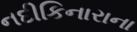
નદીકિનારાના